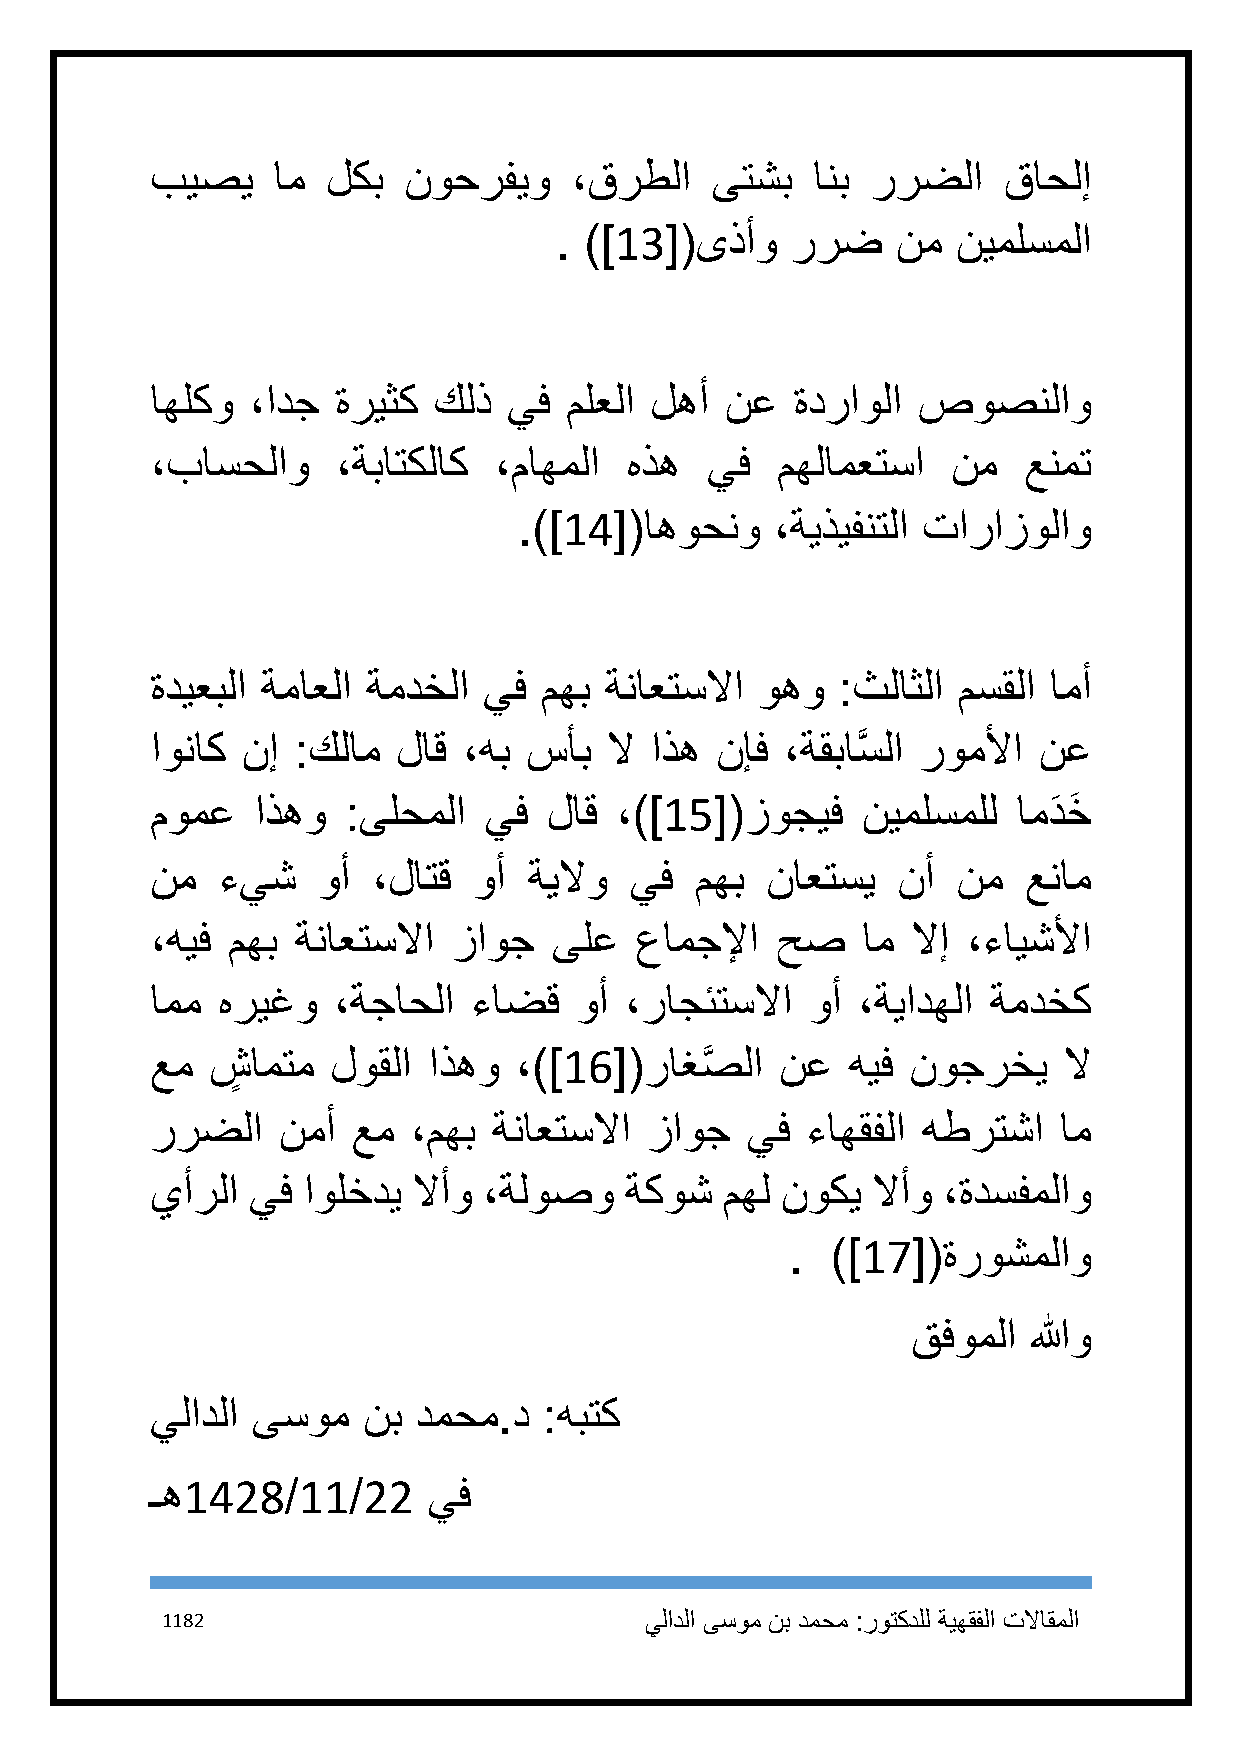
بيصي    ام  لكب  نوحرفيو    ،قرطلا   ىتشب   انب ررضلا   قاحلإ
 . )]13[(ىذأو   ررض    نم  نيملسملا
 اهلكو  ،ادج ةريثك  كلذ  يف ملعلا لهأ  نع   ةدراولا صوصنلاو
 ،باسحلاو    ،ةباتكلاك  ،ماهملا هذه   يف  مهلامعتسا   نم   عنمت
 .)]14[(اهوحنو    ،ةيذيفنتلا تارازولاو
 ةديعبلا ةماعلا ةمدخلا يف  مهب ةناعتسلاا وهو  :ثلاثلا مسقلا امأ
 اوناك نإ  :كلام لاق  ،هب سأب  لا اذه نإف  ،ةقباسَّ لا روملأا نع
 مومع   اذهو  :ىلحملا  يف  لاق  ،)]15[(زوجيف    نيملسملل  امدَ خَ
 نم  ءيش    وأ  ،لاتق وأ  ةيلاو  يف  مهب  ناعتسي  نأ  نم   عنام
 ،هيف مهب  ةناعتسلاا زاوج   ىلع  عامجلإا  حص    ام لاإ ،ءايشلأا
 امم هريغو   ،ةجاحلا  ءاضق   وأ ،راجئتسلاا   وأ ،ةيادهلا ةمدخك
 عم  ش ٍ امتم لوقلا اذهو ،)]16[(راغصَّ  لا نع  هيف نوجرخي    لا
 ررضلا   نمأ  عم  ،مهب  ةناعتسلاا زاوج  يف  ءاهقفلا هطرتشا   ام
 يأرلا يف  اولخدي لاأو ،ةلوصو   ةكوش   مهل نوكي  لاأو ،ةدسفملاو
 .  )]17[(ةروشملاو
 قفوملا  اللهو
 يلادلا ىسوم   نب دمحم.د   :هبتك
 ـه1428/11/22      يف
 1182                            يلادلا ىسوم نب دمحم :روتكدلل ةيهقفلا تلااقملا